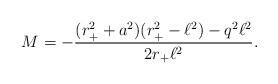
LaTeX: \begin{align*}M=-\frac{(r_+^2+a^2)(r_+^2-\ell^2)-q^2 \ell^2}{2r_+\ell^2}.\end{align*}